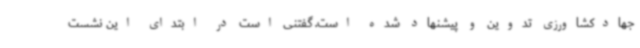
جهادکشاورزی تدوین و پیشنهاد شده است. گفتنی است در ابتدای این نشست